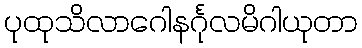
ပုထုသိလာဂေါနင်္ဂုလမိဂါယုတာ